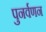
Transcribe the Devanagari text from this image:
पुनर्वणन